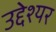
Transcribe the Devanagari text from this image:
उद्देश्यर